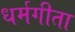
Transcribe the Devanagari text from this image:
धर्मगीता